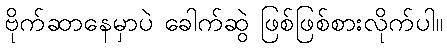
ဗိုက်ဆာနေမှာပဲ ခေါက်ဆွဲ ဖြစ်ဖြစ်စားလိုက်ပါ။